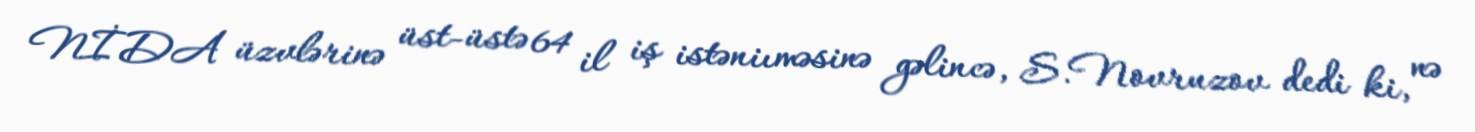
NİDA üzvlərinə üst-üstə 64 il iş istəniıməsinə gəlincə, S.Novruzov dedi ki, nə